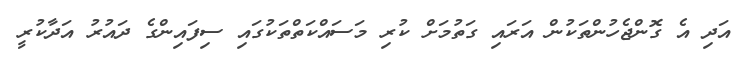
އަދި އެ ގޮންޖެހުންތަކުން އަރައި ގަތުމަށް ކުރި މަސައްކަތްތަކުގައި ސިފައިންގެ ދައުރު އަދާކުރީ